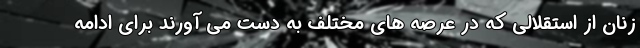
زنان از استقلالی که در عرصه های مختلف به دست می آورند برای ادامه